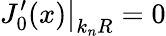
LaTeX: \left.J_{0}^{\prime}(x)\right|_{k_{n}R}=0